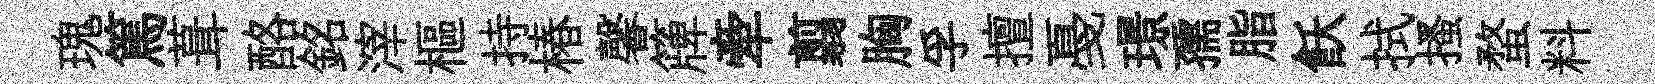
瑰篤葺酪銘滓樞持椿馨簰牽翦胸孚擅戞璟孺脂飫拭搔蝥料